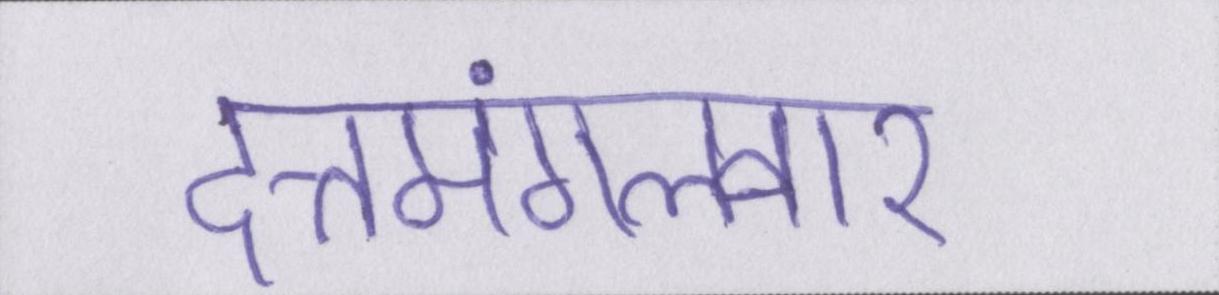
दत्तमंगलवार